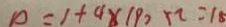
0 = 1 + 4 \times 1 9 0 \times 2 = 1 8